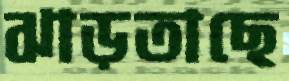
ঝাড়তাছে